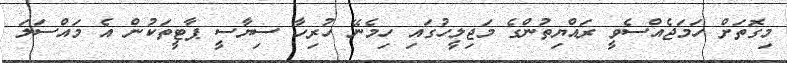
މިގޮތަށް ހަމަޖެއްސެވީ ރައްޔިތުންގެ މަޖިލީހުގައި ހިމެނޭ ހުރިހާ ސިޔާސީ ޕާޓީތަކުން އެ މައްސަލަ